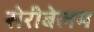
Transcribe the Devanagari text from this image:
सेरीबेलम